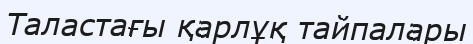
Таластағы қарлұқ тайпалары